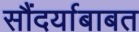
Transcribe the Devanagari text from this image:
सौंदर्याबाबत